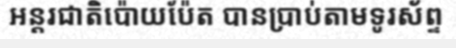
អន្តរជាតិប៉ោយប៉ែត បានប្រាប់តាមទូរស័ព្ទ